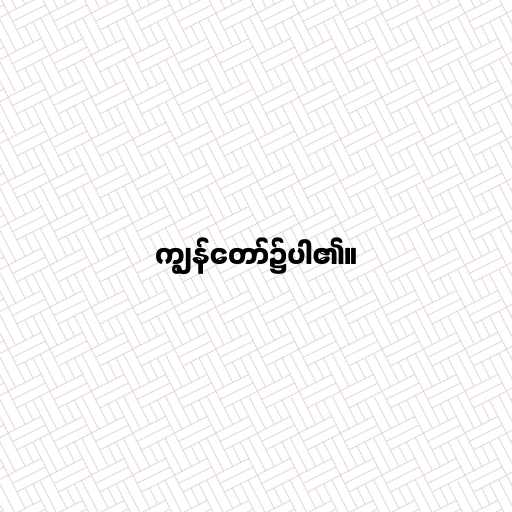
ကျွန်တော်၌ပါ၏။